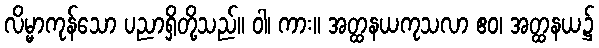
လိမ္မာကုန်သော ပညာရှိတို့သည်။ ဝါ၊ ကား။ အတ္ထနယကုသလာ ဧဝ၊ အတ္ထနယ၌